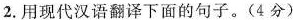
2.用现代汉语翻译下面的句子。(4分)